NAE_eestikeelseid_kaarte, lk 1
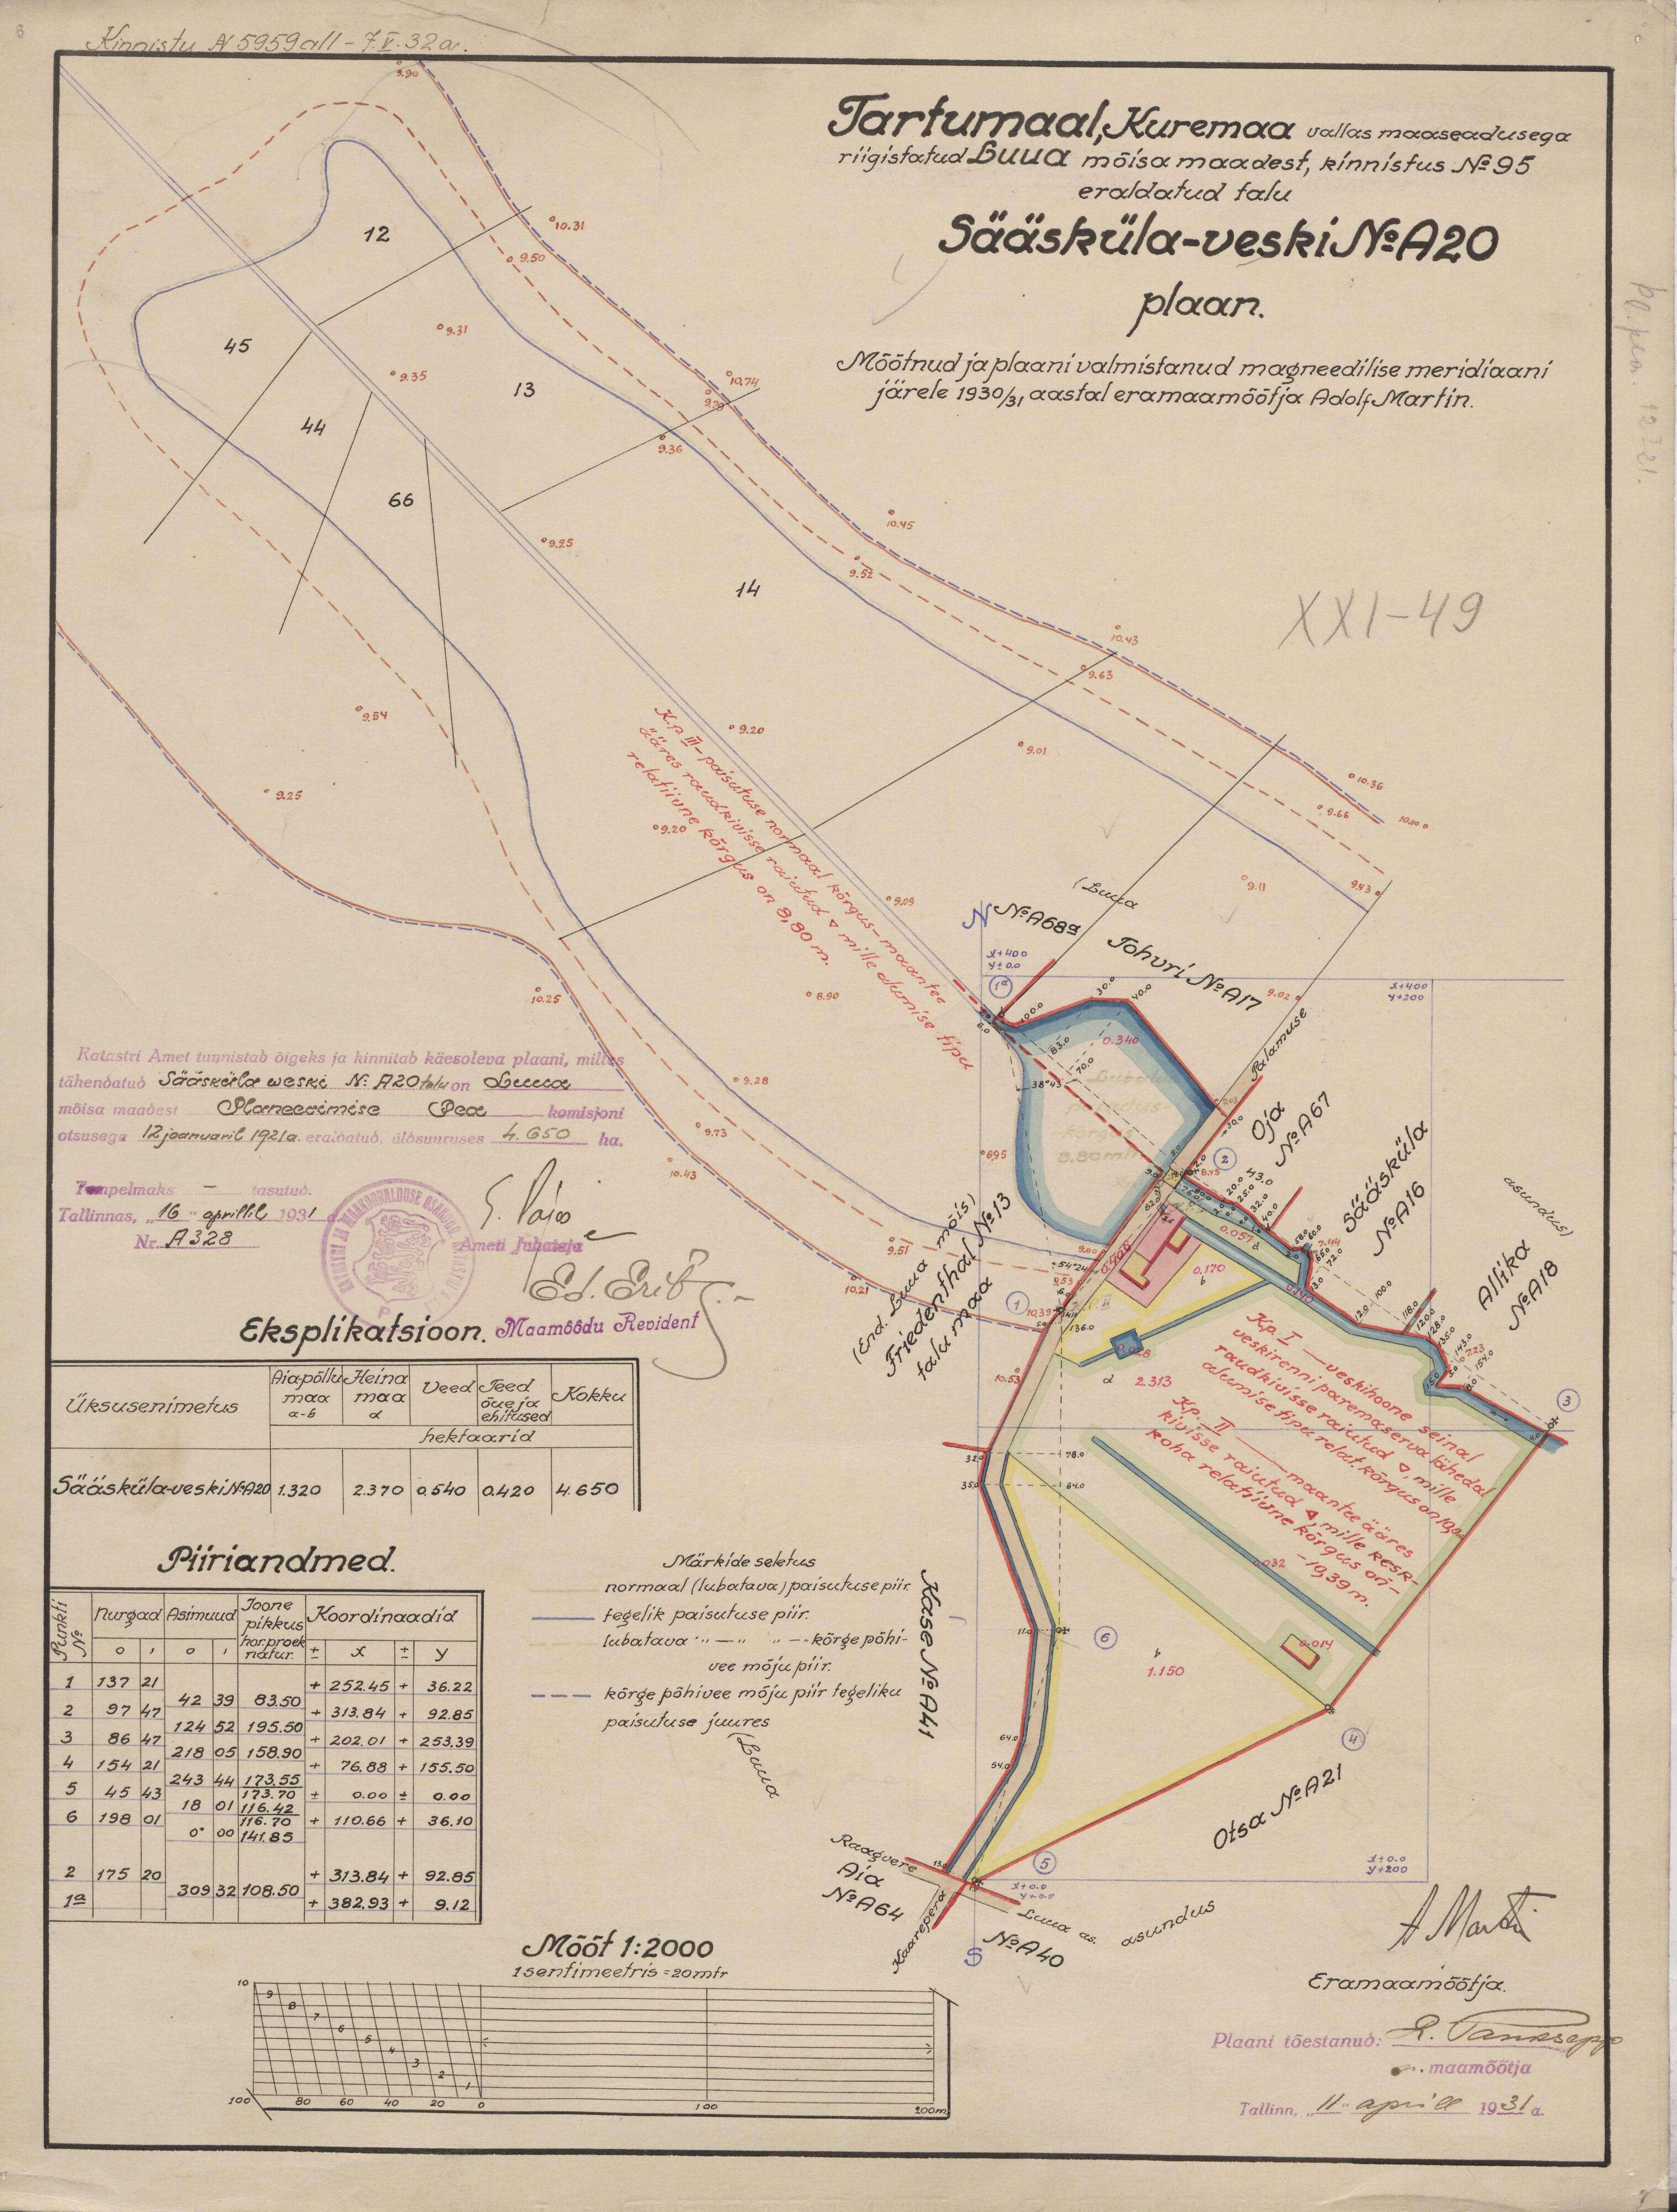
Kinnistu N 5959 all - 7.V.32a.
Katastri Amet tunnistab õigeks ja kinnitab käesoleva plaani, milles
tähendatud Sääsküla weski No: A20 talu on Luua
mõisa maadest Planeerimise Pea komisjoni
otsusega 12 jaanuaril 1921a. eraldatud üldsuuruses 4.650 ha.
Tempelmaks - tasutud.
Tallinnas, "16" aprillil 1931
Nr. A328
Ameti Juhtaja
Eksplikatsioon. Maamõõdu Revident
Üksusenimetus
hektaarid.
Sääsküla-veski No: A20
Märkide seletus
Piiriandmed.
normaal (lubatava) paisutuse piir.
Joone
tegelik paisutuse piir.
Koordinaadid
lubatava "-" "-" kõrge põhi-
vee mõjupiir.
kõrge põhivee mõju piir tegeliku
paisutuse juures
Mõõt 1:2000
1 sentimeetris = 20 mtr

Tartumaal, Kuremaa vallas maaseadusega
riigistatud Luua mõisa maadest, kinnistus N:95
eraldatud talu
Sääsküla-veski No: A20
plaan.
Mõõtnud ja plaani valmistanud magneedilise meridiaani
järele 1930/31 aastal eramaamõõtja Adolf Martin.
XXI-49
Eramaamõõtja.
Tallinn, "11" aprill 1931 a.